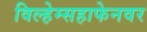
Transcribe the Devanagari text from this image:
विल्हेम्सहाफेनवर